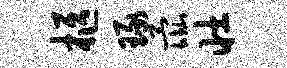
柩琢彘壮